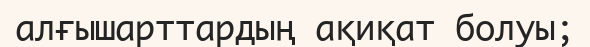
алғышарттардың ақиқат болуы;